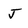
Character: J